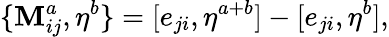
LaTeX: \{ \mathbf{M}_{ij}^{a},\eta^{b}\} =[e_{ji},\eta^{a+b}]-[e_{ji},\eta^{b}],